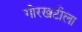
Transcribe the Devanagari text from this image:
गोरखटीला